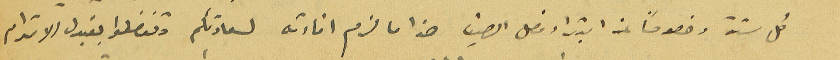
كل سنة وخصوصاً عن ابتداء فصل الصيف هذا ما لزم افادته لسعادتكم وتفضلوا بقبول الاحترام